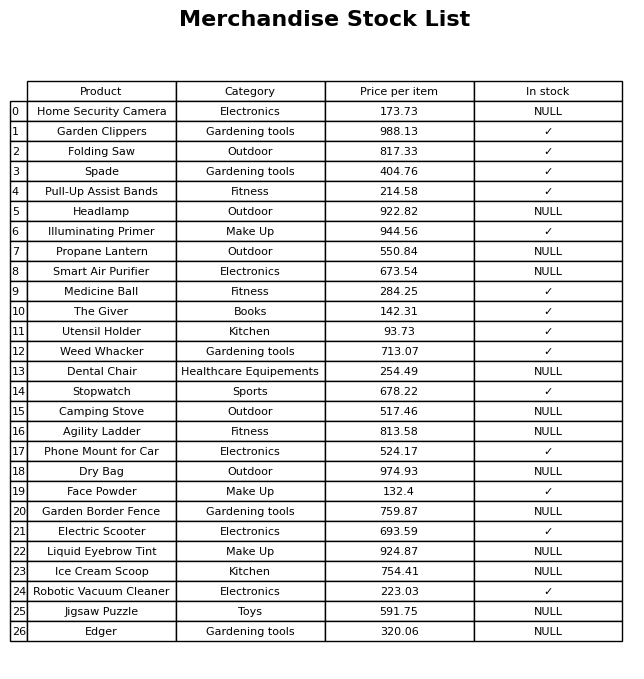
question: What is the price for Agility Ladder?
answer: The price of Agility Ladder is 813.58.